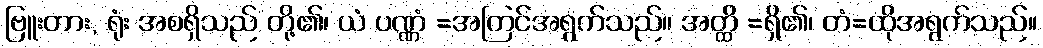
ဗြူးတား, ရုံး အစရှိသည် တို့၏၊ ယံ ပဏ္ဏံ =အကြင်အရွက်သည်။ အတ္ထိ =ရှိ၏၊ တံ=ထိုအရွက်သည်။